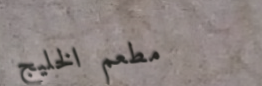
مطعم الخليج